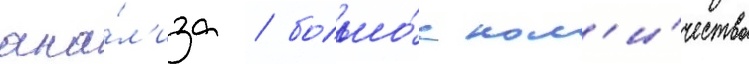
ана́л'иза / большо́е кол'и́чество